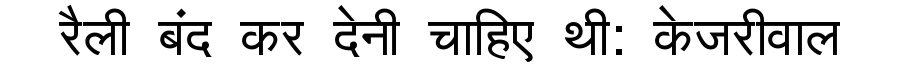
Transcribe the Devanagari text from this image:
रैली बंद कर देनी चाहिए थी: केजरीवाल